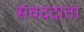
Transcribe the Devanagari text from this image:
संवददाता